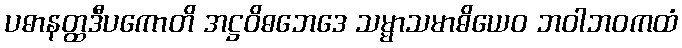
ပဓာနတ္ထဒီပကောတိ အဋ္ဌဝိဓဘေဒေ သမ္မာသမာဓိယေဝ ဘဝါဘဝကထံ